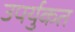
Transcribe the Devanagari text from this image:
उपर्युकत